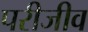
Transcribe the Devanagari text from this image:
परीजीव